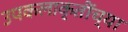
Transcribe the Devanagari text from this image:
उपकलाकृतींच्या